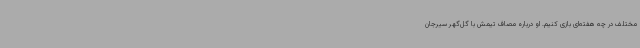
مختلف در چه هفته‌ای بازی کنیم. او درباره مصاف تیمش با گل‌گهر سیرجان